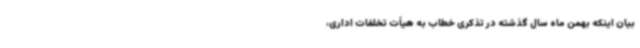
بیان اینکه بهمن ماه سال گذشته در تذکری خطاب به هیأت تخلفات اداری،